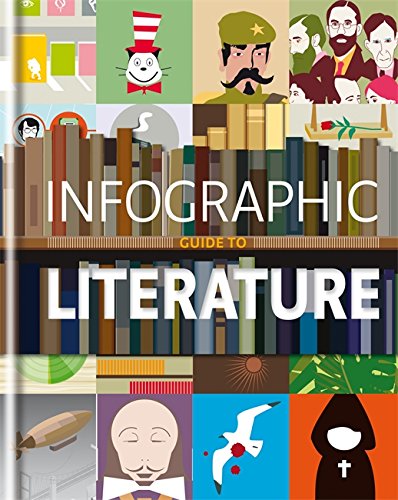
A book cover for Infographic Guide to Literature (Infographic Guides); Cassell Illustrated; Literature & Fiction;